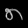
Digit: ၈